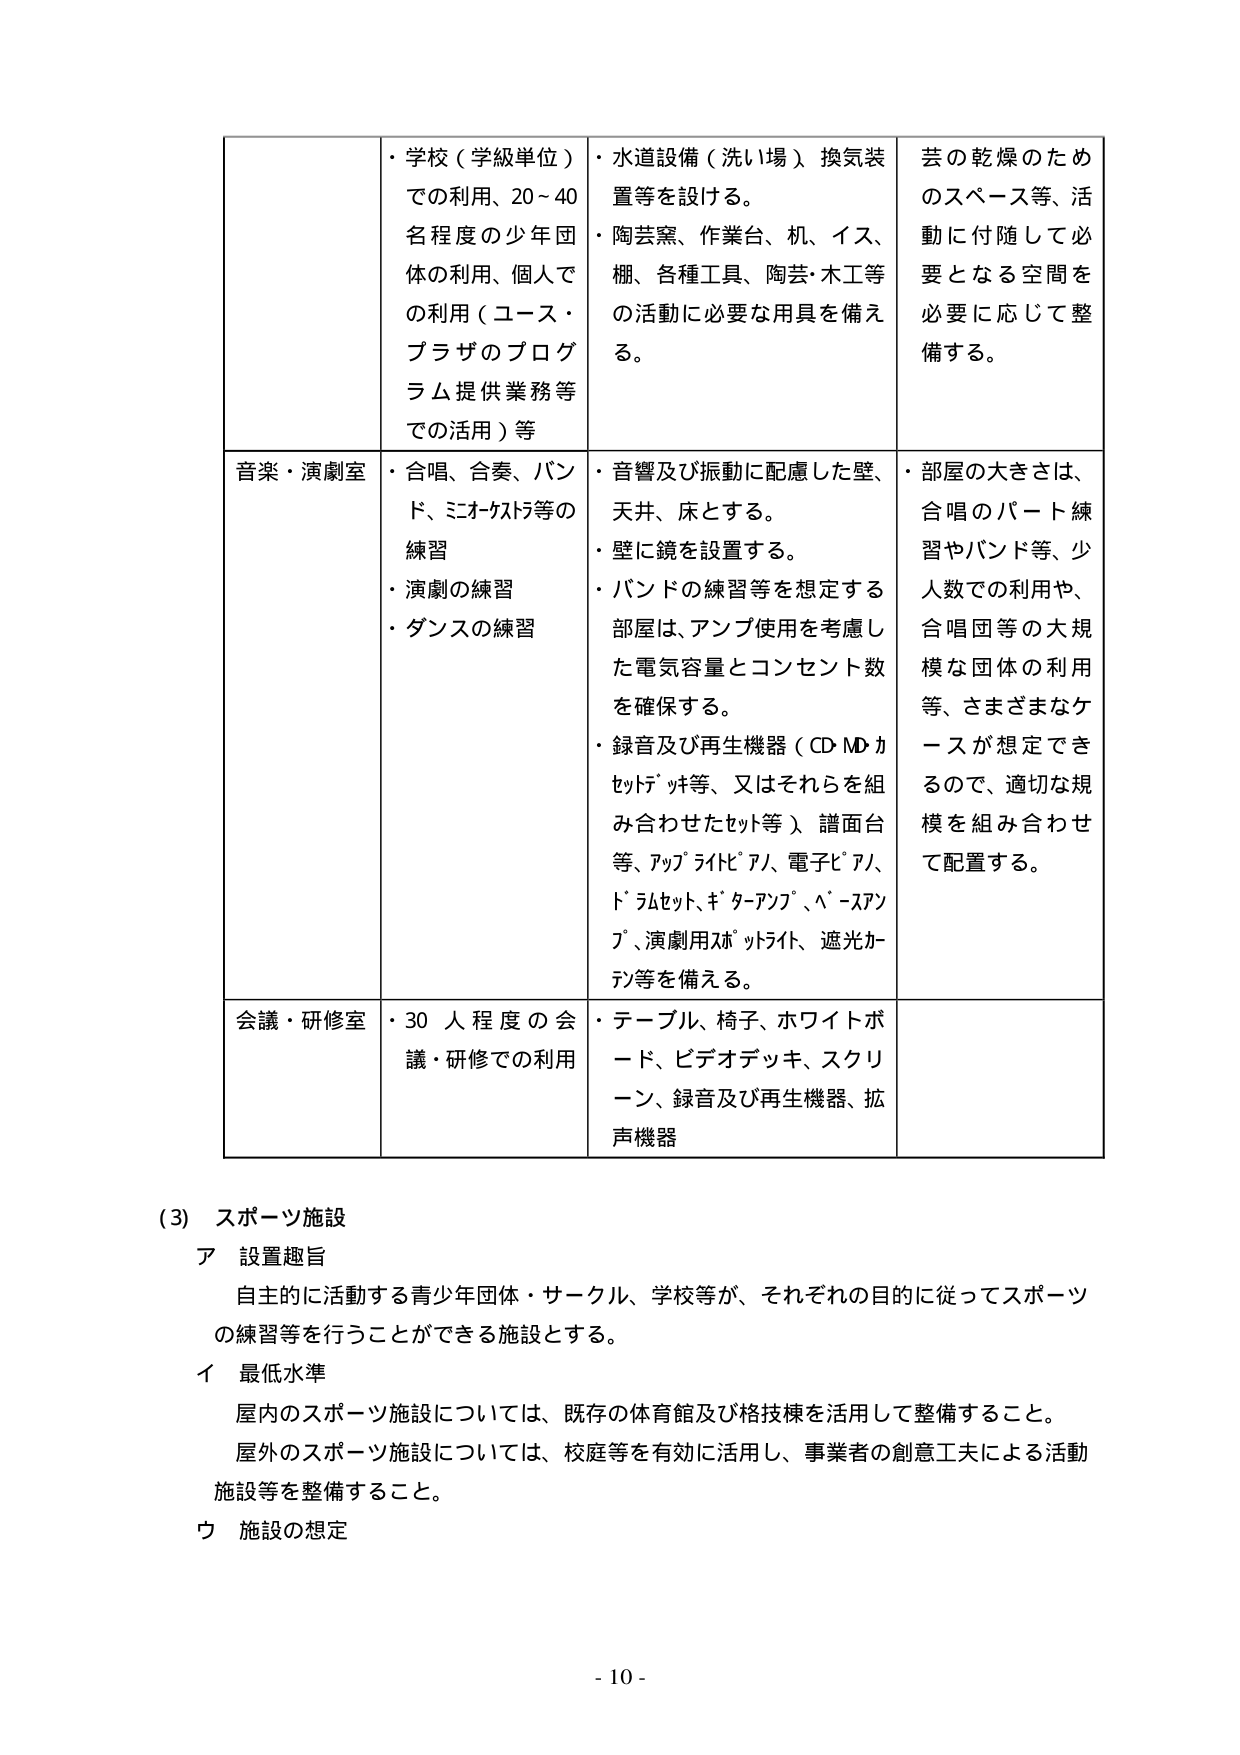
・学校（学級単位）での利用、20～40名程度の少年団体の利用、個人での利用（ユース・プラザのプログラム提供業務等での活用）等
・水道設備（洗い場）、換気装置等を設ける。
・陶芸窯、作業台、机、イス、棚、各種工具、陶芸・木工等の活動に必要な用具を備える。
芸の乾燥のためのスペース等、活動に付随して必要となる空間を必要に応じて整備する。

音楽・演劇室
・合唱、合奏、バンド、ミコーケスト等の練習
・演劇の練習
・ダンスの練習
・音響及び振動に配慮した壁、天井、床とする。
・壁に鏡を設置する。
・バンドの練習等を想定する部屋は、アンプ使用を考慮した電気容量とコンセント数を確保する。
・録音及び再生機器（CD・MDカセットデッキ等、又はそれらを組み合わせたセット等）、譜面台等、アップライトピアノ、電子ピアノ、ドラムセット、ギターアンプ、ベースアンプ、演劇用スポットライト、遮光カーテン等を備える。
・部屋の大きさは、合唱のパート練習やバンド等、少人数での利用や、合唱団等の大規模な団体の利用等、さまざまなケースが想定できるので、適切な規模を組み合わせて配置する。

会議・研修室
・30人程度の会議・研修での利用
・テーブル、椅子、ホワイトボード、ビデオデッキ、スクリーン、録音及び再生機器、拡声機器

（3）スポーツ施設
ア 設置趣旨
自主的に活動する青少年団体・サークル、学校等が、それぞれの目的に従ってスポーツの練習等を行うことができる施設とする。
イ 最低水準
屋内のスポーツ施設については、既存の体育館及び格技棟を活用して整備すること。
屋外のスポーツ施設については、校庭等を有効に活用し、事業者の創意工夫による活動施設等を整備すること。
ウ 施設の想定

- 10 -